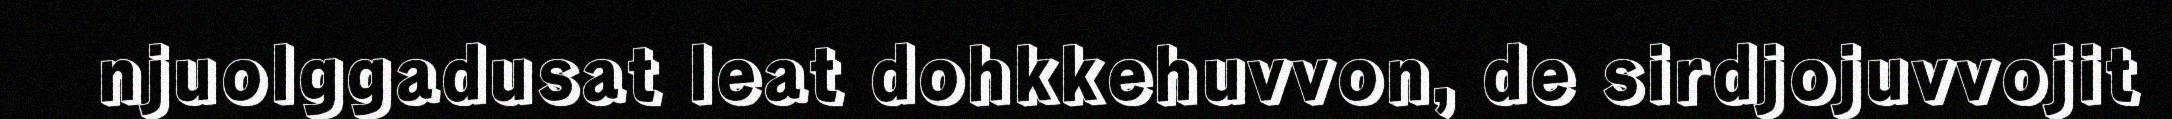
njuolggadusat leat dohkkehuvvon, de sirdjojuvvojit